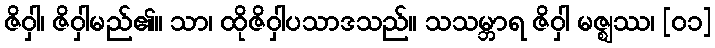
ဇိဝှါ၊ ဇိဝှါမည်၏။ သာ၊ ထိုဇိဝှါပသာဒသည်။ သသမ္ဘာရ ဇိဝှါ မဇ္ဈဿ၊ [၀၁]